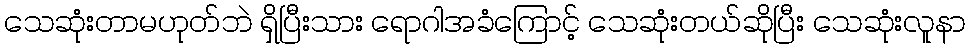
သေဆုံးတာမဟုတ်ဘဲ ရှိပြီးသား ရောဂါအခံကြောင့် သေဆုံးတယ်ဆိုပြီး သေဆုံးလူနာ